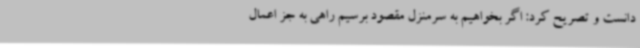
دانست و تصریح کرد: اگر بخواهیم به سرمنزل مقصود برسیم راهی به جز اعمال